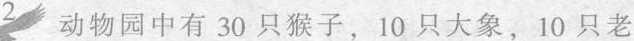
2 动物园中有30只猴子，10只大象，10只老